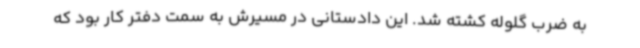
به ضرب گلوله کشته شد. این دادستانی در مسیرش به سمت دفتر کار بود که